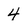
Character: 4